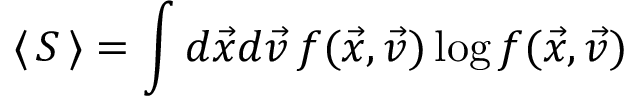
\langle \, S \, \rangle = \int d \vec { x } d \vec { v } \, f ( \vec { x } , \vec { v } ) \log f ( \vec { x } , \vec { v } )